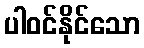
ပါဝင်နိုင်သော